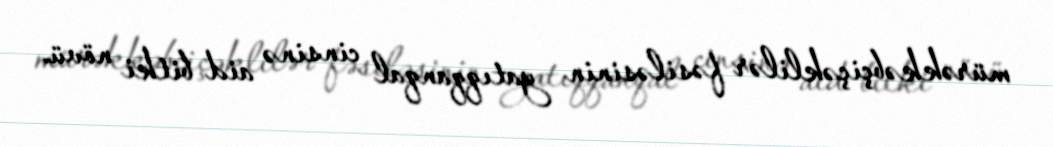
mürəkkəbçiçəklilər fəsiləsinin yatıqqanqal cinsinə aid bitki növü.